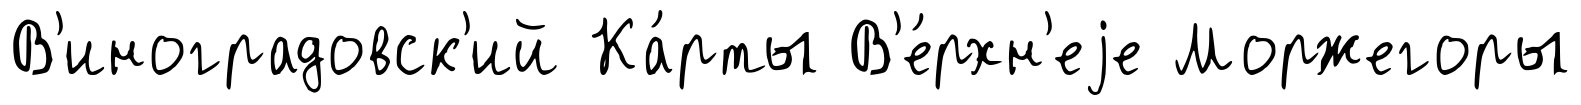
В'иноградовск'ий Ка́рты В'е́рхн'еjе Моржегоры